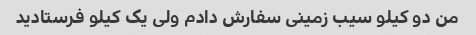
من دو کیلو سیب زمینی سفارش دادم ولی یک کیلو فرستادید